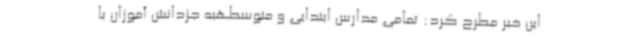
این خبر مطرح کرد: تمامی مدارس ابتدایی و متوسطهبه جزدانش آموزان با